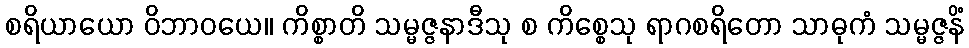
စရိယာယော ဝိဘာဝယေ။ ကိစ္စာတိ သမ္မဇ္ဇနာဒီသု စ ကိစ္စေသု ရာဂစရိတော သာဓုကံ သမ္မဇ္ဇနိံ